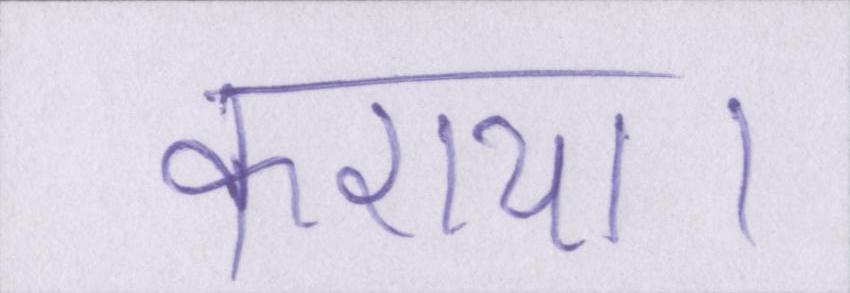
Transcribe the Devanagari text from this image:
कराया।